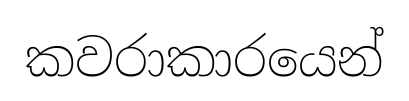
කවරාකාරයෙන්